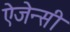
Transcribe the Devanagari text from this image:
ऐजेन्‍सी